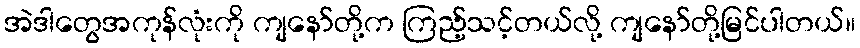
အဲဒါတွေအကုန်လုံးကို ကျနော်တို့က ကြည့်သင့်တယ်လို့ ကျနော်တို့မြင်ပါတယ်။